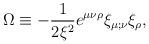
LaTeX: \begin{align*}\Omega\equiv-\frac{1}{2\xi^2}e^{\mu\nu\rho}\xi_{\mu;\nu}\xi_\rho,\end{align*}